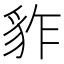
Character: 𧲮